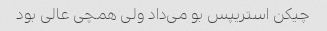
چیکن استریپس بو می‌داد ولی همچی عالی بود